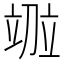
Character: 𫁤